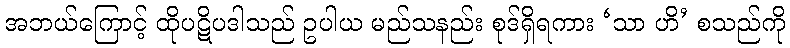
အဘယ်ကြောင့် ထိုပဋိပဒါသည် ဥပါယ မည်သနည်း စုဒ်ရှိရကား ‘သာ ဟိ’ စသည်ကို